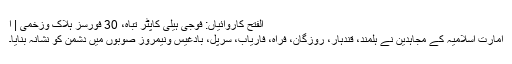
الفتح کاروائیاں: فوجی ہیلی کاپٹر تباہ، 30 فورسز ہلاک وزخمی | ا
امارت اسلامیہ کے مجاہدین نے ہلمند، قندہار، روزگان، فراہ، فاریاب، سرپل، بادغیس ونیمروز صوبوں میں دشمن کو نشانہ بنایا۔